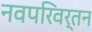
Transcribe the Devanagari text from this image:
नवपरिवर्तन